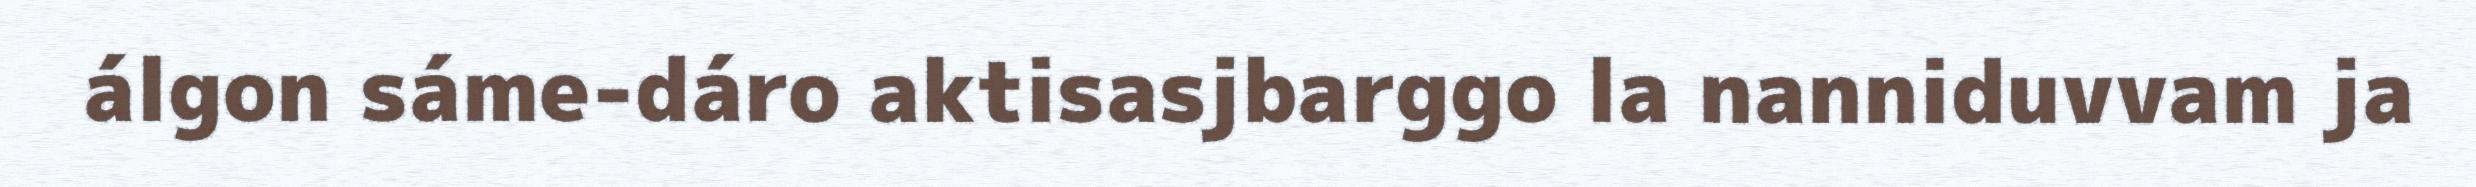
álgon sáme-dáro aktisasjbarggo la nanniduvvam ja